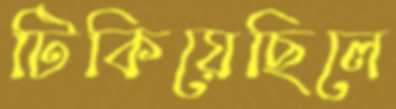
টিকিয়েছিলে